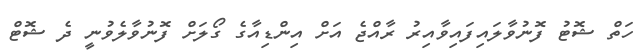
ހަތް ޝޮޓު ފޮނުވާލައިފައިވާއިރު ރާއްޖެ އަށް އިންޑިއާގެ ގޯލަށް ފޮނުވާލެވުނީ ދެ ޝޮޓް